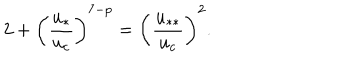
2 + \left( \frac { u _ { * } } { u _ { c } } \right) ^ { 7 - p } = \left( \frac { u _ { * * } } { u _ { c } } \right) ^ { 2 } .